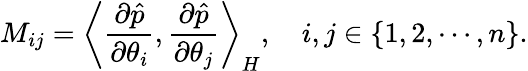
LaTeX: M_{ij}=\left\langle\frac{\partial\hat{p}}{\partial\theta_{i}},\frac{\partial\hat{p}}{\partial\theta_{j}}\right\rangle_{H},\quad i,j\in\{ 1,2,\cdots,n\} .